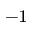
^ { - 1 }